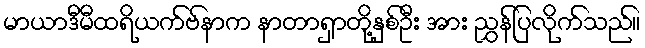
မာယာဒီမီထရိယက်ဗ်နာက နာတာရှာတို့နှစ်ဦး အား ညွှန်ပြလိုက်သည်။